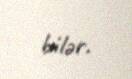
bilər.